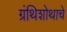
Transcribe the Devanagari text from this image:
ग्रंथिशोथाचे